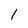
Character: 1